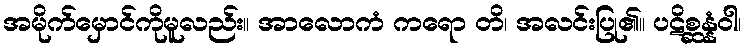
အမိုက်မှောင်ကိုမူလည်း။ အာလောကံ ကရော တိ၊ အလင်းပြု၏။ ပဋိစ္ဆန္နံဝါ၊